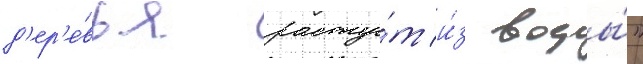
д'ер'е́вья расту́т и́з воды́"